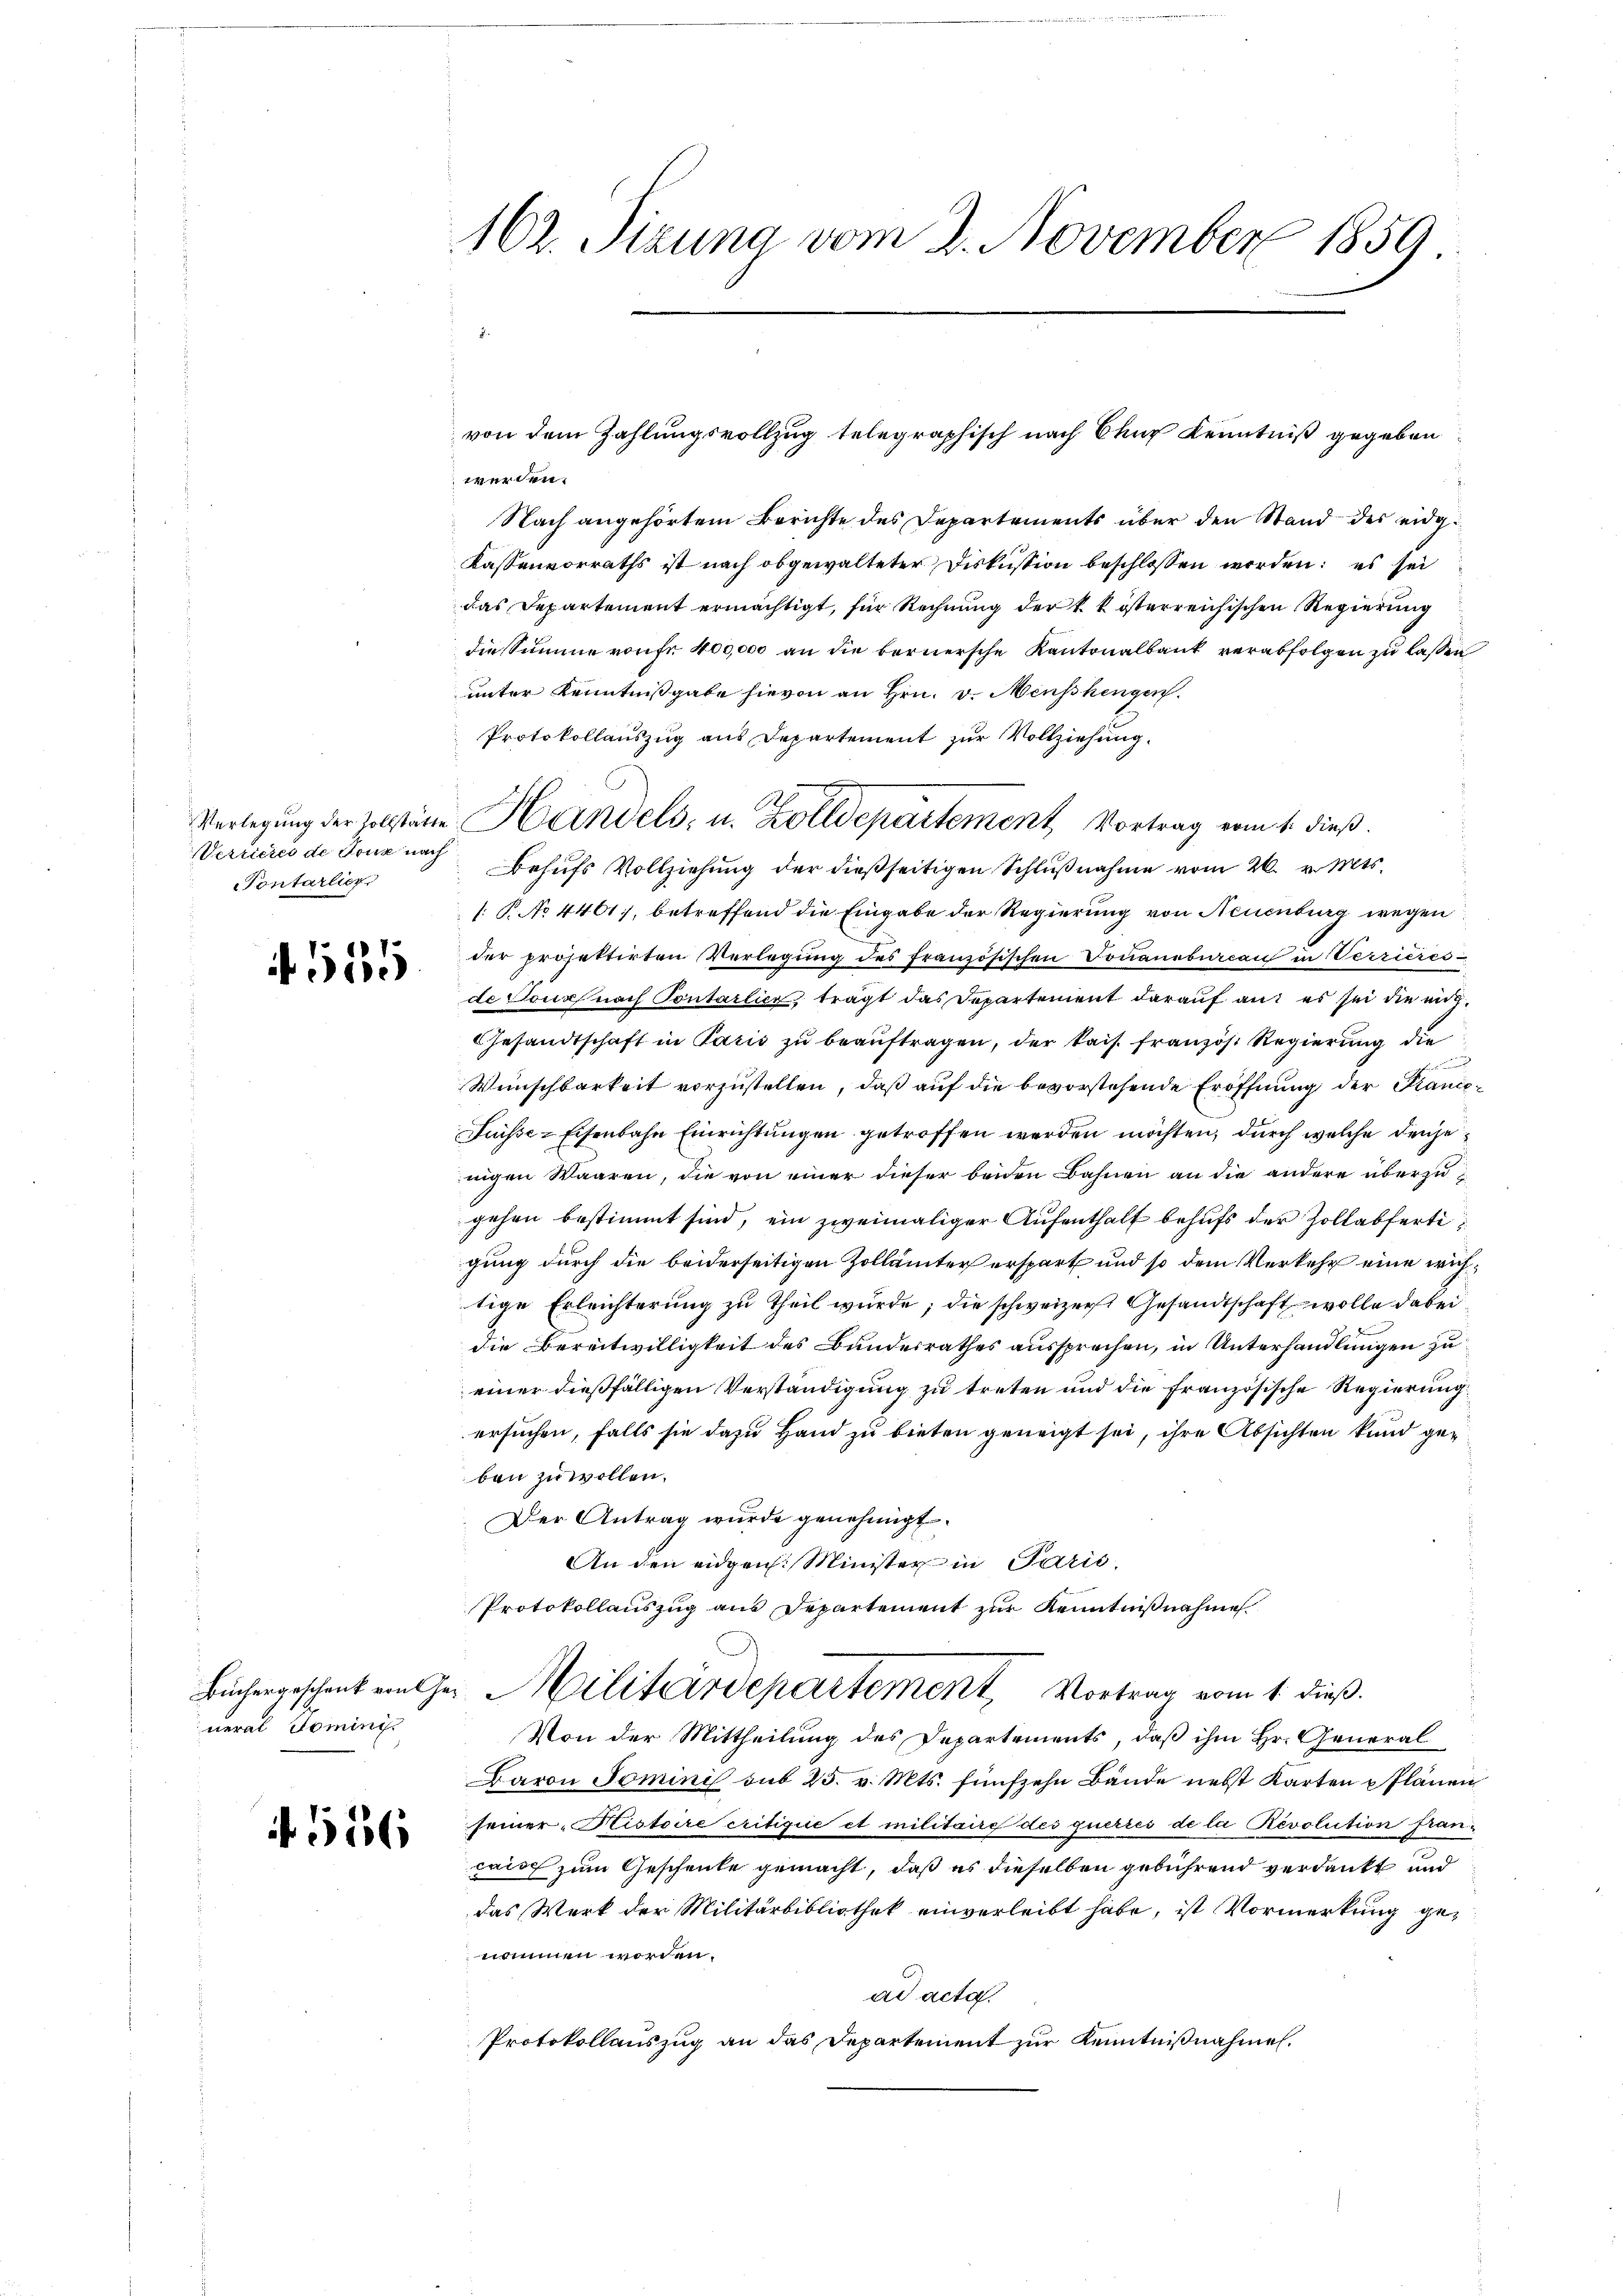
Verricies de Tous nach
Contarlier

555

neral domini¬

556

162. Sizung vom 2. November 1859

werden.
Nach angehörtem Berichte des Departements über den Stand des eidg¬
Kassenvorraths ist nach obgewalteter Diskussion beschlossen worden: es sei
das Departement ermächtigt, für Rechnung der k. k. österreichischen Regierung
diessumme von fr 400000 an die bernersche Kantonalbank verabfolgen zu laßen
unter Kenntnißgabe hievon an Hrn. v. Menschengen.
Protokollauszug aus Departement zur Vollziehung.
Behufs Vollziehung der dießseitigen Schlußnahme vom 26. v. Mts.
1: P. No 4401, betreffend die Eingabe der Regierung von Neuenburg wegen
der projektirten Verlegung des französischen Douanebica in Verrieres-
de Tour nach Tontarlier, trägt das Departement darauf aus es sei die mit¬
GGesandtschaft in Paris zu beauftragen, der kais. französ. Regierung die
ber
Wünschbarkeit vorzustellen, daß auf die bevorstehende Eröffnung der Kranco¬
Fuisse-Eisenbahn Einrichtungen getroffen werden möchten, durch welche denjenigen Waaren, die von einer dieser beiden Bahnen an die andere überzugehen bestimmt sind, ein zweimaliger Aufenthalt behufs der Zollabfertigung durch die beiderseitigen Zollämter erspart und so dem Verkehr eine wichtige Erleichterung zu theil wurde; die schweizerst Gesandtschaft wolle dabeidie Bereitwilligkeit des Bundesrathes aussprechen, in Unterhandlungen zu
einer dießfälligen Verständigung zu treten und die französische Regierung
ersuchen, falls sie dazu Hand zu bieten geneigt sei, ihre Absichten kund geben zu wollen.
Der Antrag wurde genehmigt.
An den eidgen. Minister in Parić,
Protokollauszug aus Departement zur Kenntnißnahme
Büchergeschenk von Ge- Militärdepartement Vortrag vom 1. dieß.
Von der Mittheilung des Departements, daß ihm Hr. General
Baron Tominis sub 25. v. Mts. fünfzehn Bände nebst Karten u Plänen
seiner Kistoire critique et militaire des guerres de la Revolution francaisch zum Geschenke gemacht, daß es dieselben gebührend verdankt und
das Werk der Militärbibliothek einverleibt habe, ist Vormerkung genommen worden.
ad acta.
Protokollauszug an das Departement zur Kenntnißnahmen.

von dem Zahlungsvollzug telegraphisch nach Chur Kenntniß gegeben

Verlegung der Zollstätte Handels- u. Zolldepartement Vortrag vom 1. dieß.